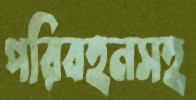
পরিবহনসহ